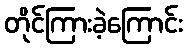
တိုင်ကြားခဲ့ကြောင်း